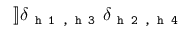
] \! ] \delta _ { \texttt { h 1 , h 3 } } \delta _ { \texttt { h 2 , h 4 } }